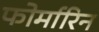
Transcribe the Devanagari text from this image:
फोर्मारिन